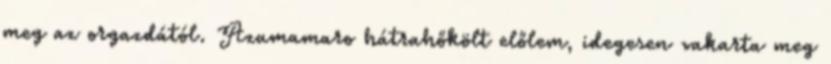
meg az orgazdától. Azumamaro hátrahőkölt előlem, idegesen vakarta meg